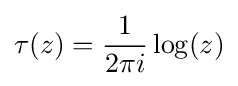
\tau (z)={\frac {1}{2\pi i}}\log(z)